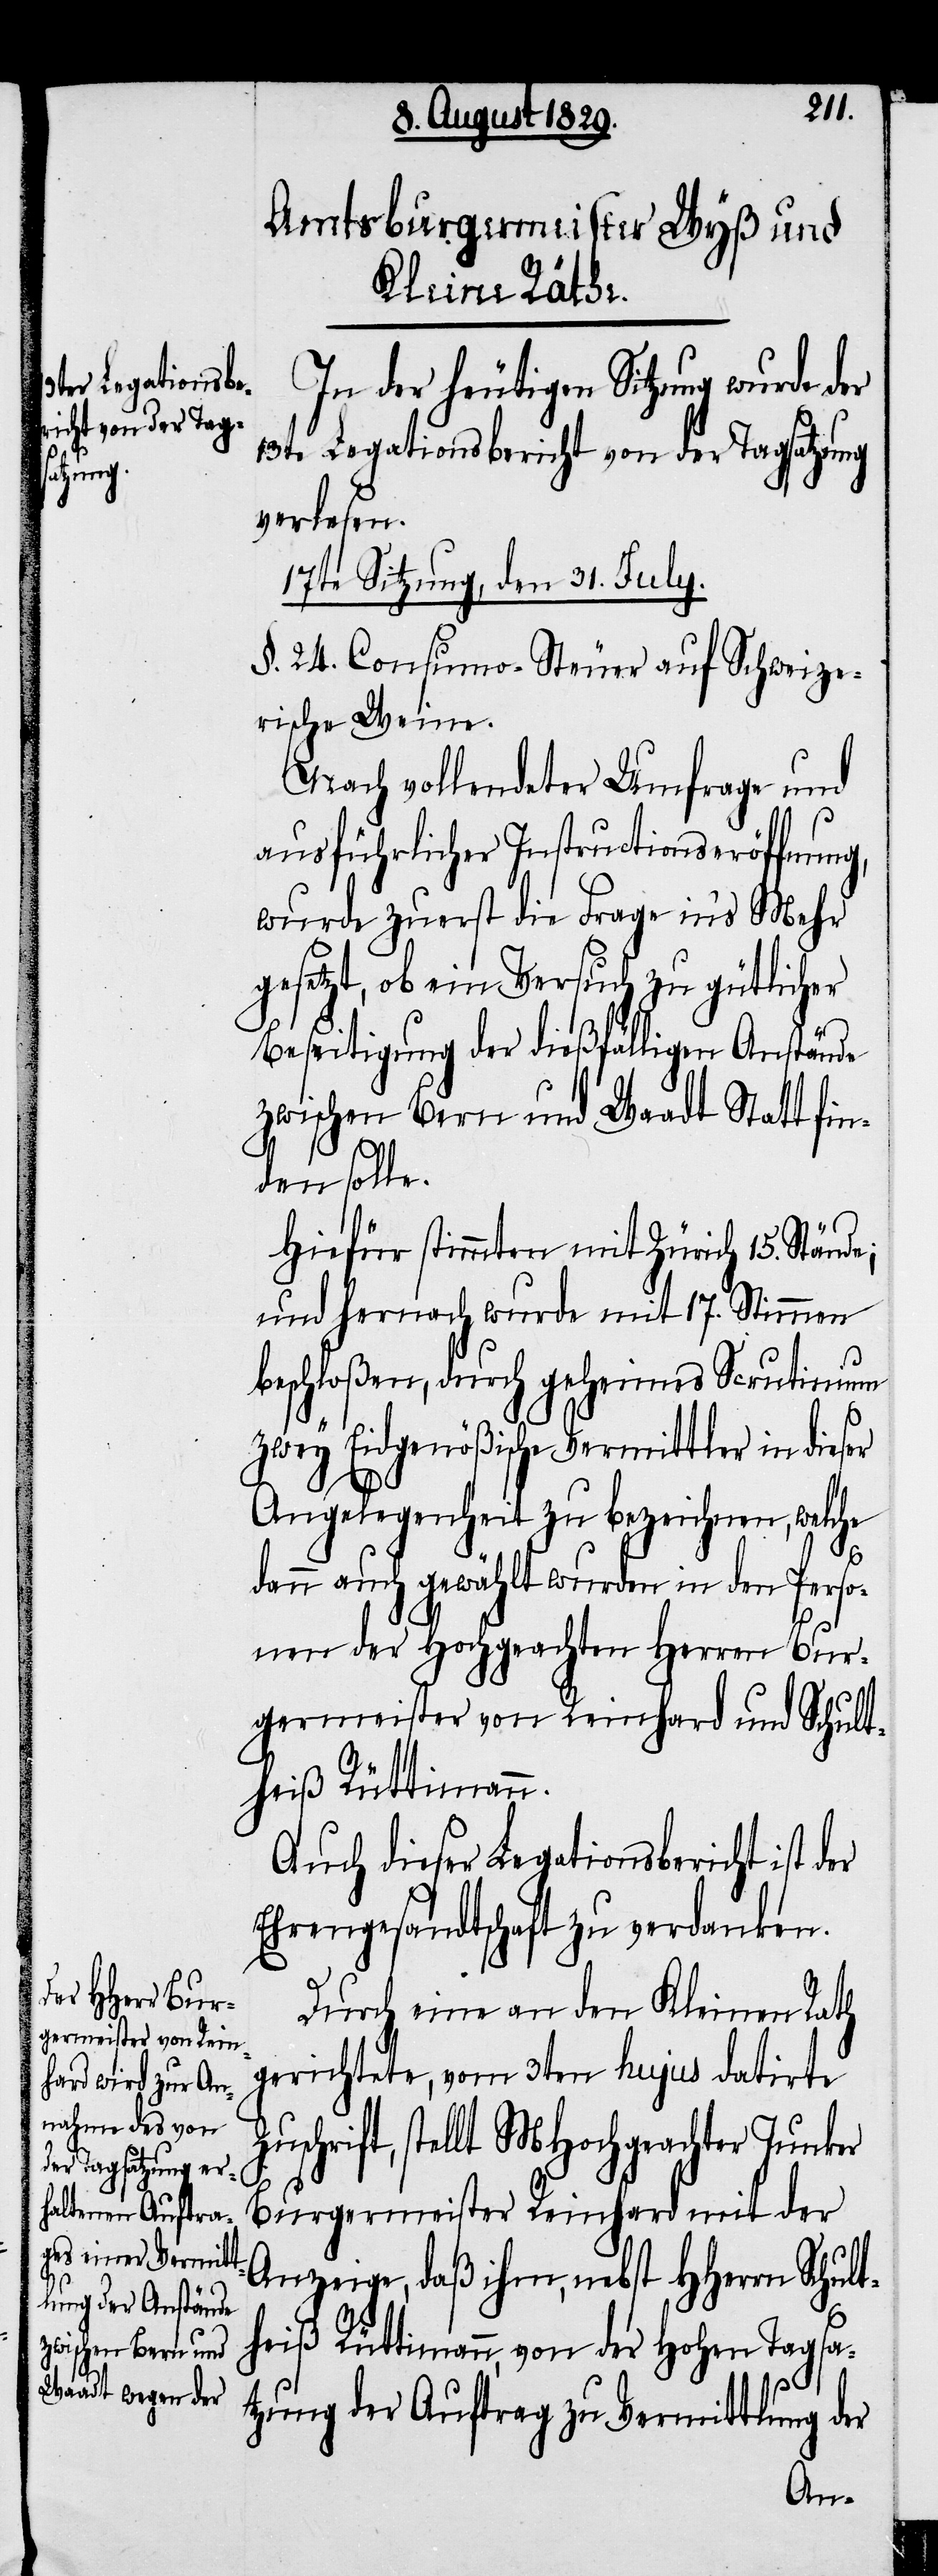
In der heutigen Sitzung wurde der
13te Legationsbericht von der Tagsatzung
verlesen.
17te Sitzung, den 31. July.
§. 24. Consumo-Steuer auf Schweize¬
rische Weine.
Nach vollendeter Umfrage und
ausführlicher Instructionseröffnung,
wurde zuerst die Frage in’s Mehr
gesetzt, ob ein Versuch zu gütlicher
Beseitigung der dießfälligen Anstände
zwischen Bern und Waadt Statt fin¬
Zu¬
den solle.
Hiefür stimmten mit Zürich 15. Stände;
und hernach wurde mit 17. Stimmen
beschloßen, durch geheimes Scrutinum
zwey Eidgenößische Vermittler in dieser
Angelegenheit zu bezeichnen, welche
dann auch gewählt wurden in den Perso¬
nen der Hochgeachten Herren Bur¬
germeister von Reinhard und Schult¬
heiß Rüttimann.
Auch dieser Legationsbericht ist der
Ehrengesandtschaft zu verdanken.
Durch eine an den Kleinen Rath
gerichtete, vom 3ten hujus datirte
schrift, stellt MHochgeachter Junker
Burgermeister Reinhard mit der
Anzeige, daß ihm, nebst HHerrn Schult¬
heiß Rüttimann, von der Hohen Tagsa¬
tzung der Auftrag zu Vermittlung der